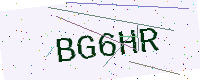
Text: BG6HR